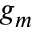
g _ { m }